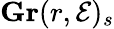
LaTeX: \mathbf{Gr}(r,{\mathcal{E}})_{s}